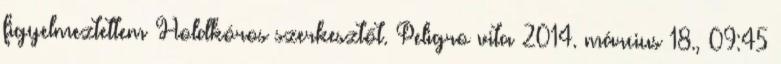
figyelmeztettem Holdkóros szerkesztőt. Peligro vita 2014. március 18., 09:45